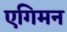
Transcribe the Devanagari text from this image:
एगिमन